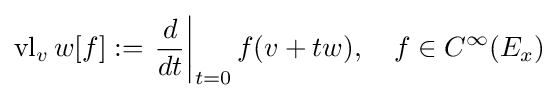
\operatorname {vl} _{v}w[f]:=\left.{\frac {d}{dt}}\right|_{t=0}f(v+tw),\quad f\in C^{\infty }(E_{x})